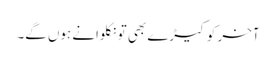
آخر کو کیڑے بھی تو نکلوانے ہوں گے۔